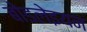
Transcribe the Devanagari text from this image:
बोडलेइयन